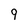
Character: 9